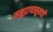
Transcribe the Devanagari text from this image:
समुद्रापासूनची